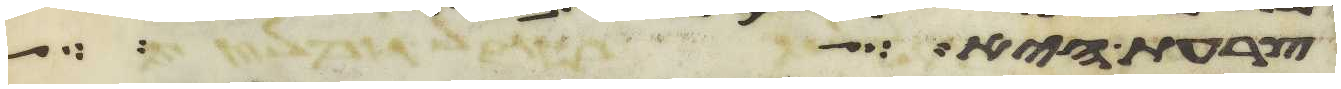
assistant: צרעת היא